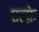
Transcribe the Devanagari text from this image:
एल्फ्रे